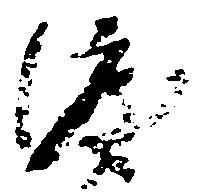
渡